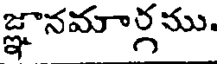
జ్ఞానమార్గము.